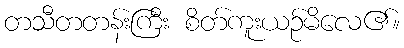
တသီတတန်းကြီး စိတ်ကူးယဉ်မိလေ၏။